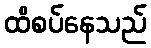
ထိစပ်နေသည်